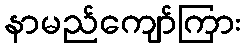
နာမည်ကျော်ကြား